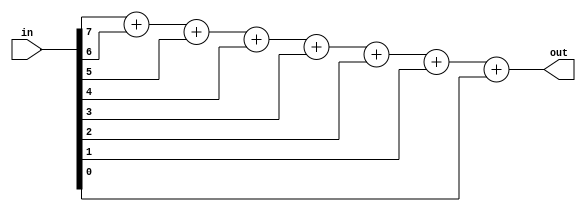
// Zack Fravel
// System Synthesis and Modeling
// Project 3

module bitCounter(
	input wire [7:0] in, 
	output wire [3:0] out
);

assign out = in[7] + in[6] + in[5] + in[4] + in[3] + in[2] + in[1] + in[0]; // Adds up all the 1's in the input

endmodule